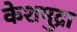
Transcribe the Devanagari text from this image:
केशमुद्रा